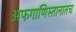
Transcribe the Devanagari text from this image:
अफगाणिस्तानातच